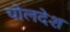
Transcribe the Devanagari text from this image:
चोलदेश